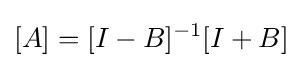
[A]=[I-B]^{-1}[I+B]